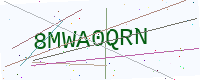
Text: 8MWA0QRN